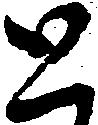
と